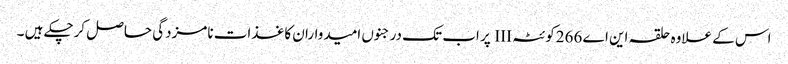
اس کے علاوہ حلقہ این اے 266کوئٹہ III پر اب تک درجنوں امیدواران کاغذات نامزدگی حاصل کرچکے ہیں ۔